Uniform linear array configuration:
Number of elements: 24
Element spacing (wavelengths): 0.5
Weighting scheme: kaiser
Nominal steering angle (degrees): -15
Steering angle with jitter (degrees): -14.137
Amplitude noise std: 0.05
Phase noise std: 0.05

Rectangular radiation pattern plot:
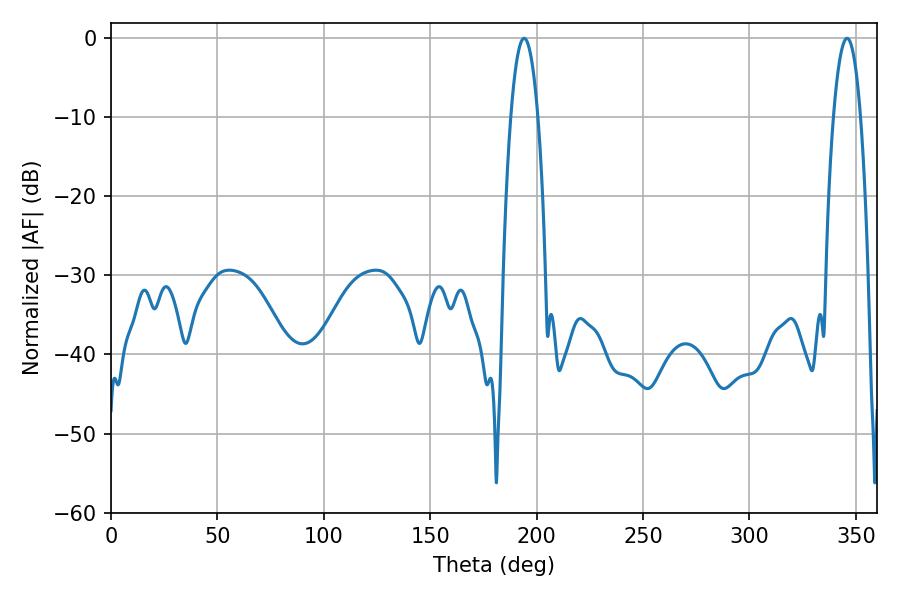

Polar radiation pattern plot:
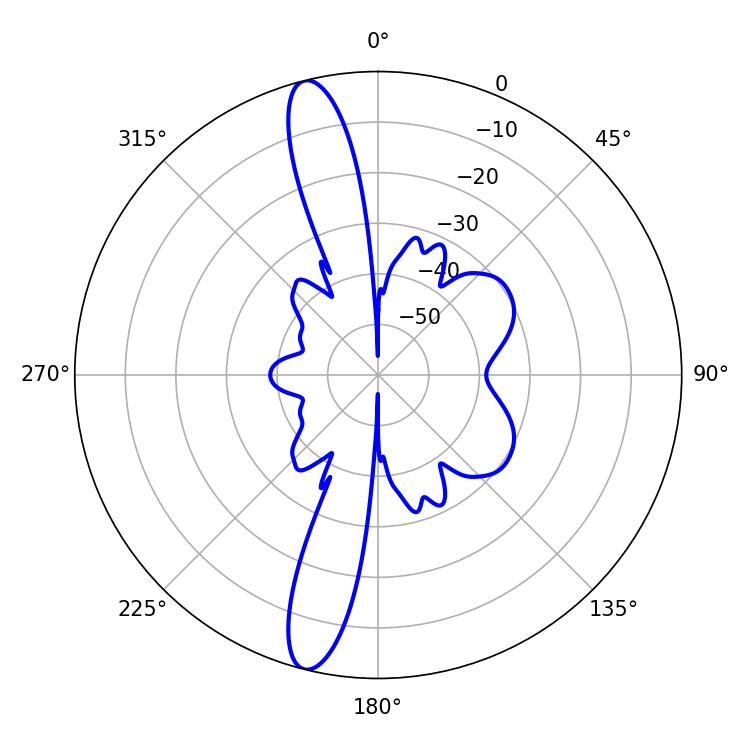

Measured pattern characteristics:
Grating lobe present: FALSE
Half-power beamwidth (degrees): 7.02
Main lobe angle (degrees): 194.04